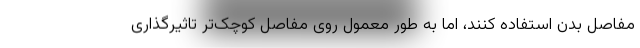
مفاصل بدن استفاده کنند، اما به طور معمول روی مفاصل کوچک‌تر تاثیرگذاری